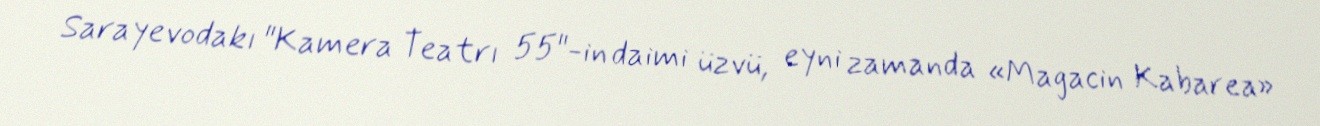
Sarayevodakı "Kamera Teatrı 55"-in daimi üzvü, eyni zamanda «Magacin Kabarea»